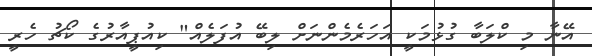
އޭނާ މި ކްލަބާ ގުޅުމަކީ އަހަރެމެންނަށް ލިބޭ އުފަލެއް" ކިއުޕީއާރުގެ ކޯޗު ހެރީ